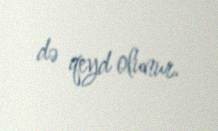
də qeyd olunur.